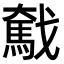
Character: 𢨗